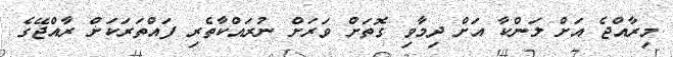
މިރާއްޖެ އަށް ލަންކާ އަށް ދިމާވި ގޮތަށް ވަރަށް ނުރައްކާތެރި ފައްތަރަކަށް ރާއްޖޭގެ